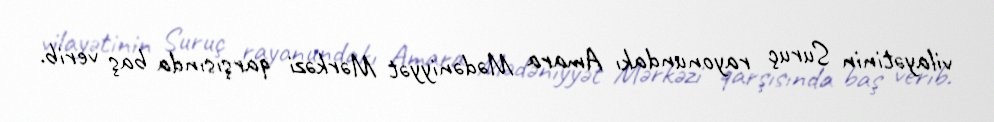
vilayətinin Suruç rayonundakı Amara Mədəniyyət Mərkəzi qarşısında baş verib.